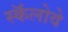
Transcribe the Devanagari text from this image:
स्कॅलोवे